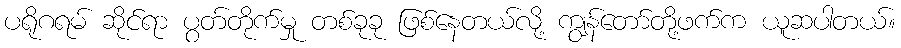
ပရိုဂရမ် ဆိုင်ရာ ပွတ်တိုက်မှု တစ်ခုခု ဖြစ်နေတယ်လို့ ကျွန်တော်တို့ဖက်က ယူဆပါတယ်။